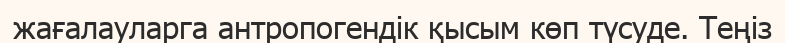
жағалауларга антропогендік қысым көп түсуде. Теңіз